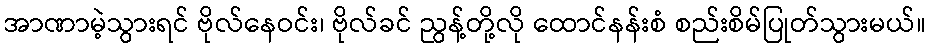
အာဏာမဲ့သွားရင် ဗိုလ်နေဝင်း၊ ဗိုလ်ခင် ညွန့်တို့လို ထောင်နန်းစံ စည်းစိမ်ပြုတ်သွားမယ်။